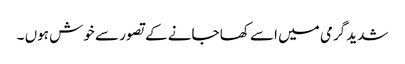
شدید گرمی میں اسے کھا جانے کے تصور سے خوش ہوں ۔